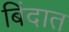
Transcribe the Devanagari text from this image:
बिंदात